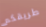
طريقكم